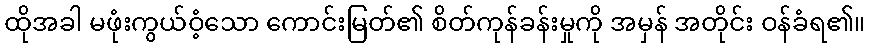
ထိုအခါ မဖုံးကွယ်ဝံ့သော ကောင်းမြတ်၏ စိတ်ကုန်ခန်းမှုကို အမှန် အတိုင်း ဝန်ခံရ၏။